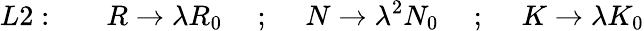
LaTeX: L2:~~~~~~~R\rightarrow\lambda R_{0}~~~~~;~~~~~N\rightarrow\lambda^{2}N_{0}~~~~~;~~~~~K\rightarrow\lambda K_{0}